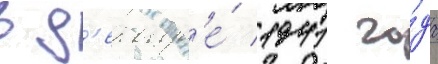
в д'екабр'е́ 1941 го́да